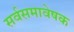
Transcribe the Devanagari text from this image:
सर्वसमावेषक